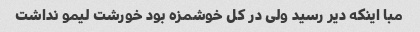
مبا اینکه دیر رسید ولی در کل خوشمزه بود خورشت لیمو نداشت